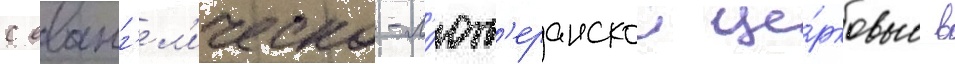
с еванг'ел'ическо-л'ют'еранскои це́рковью в